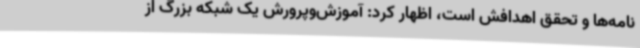
نامه‌ها و تحقق اهدافش است، اظهار کرد: آموزش‌وپرورش یک شبکه بزرگ از